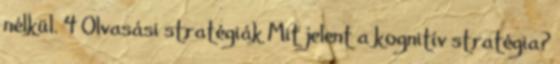
nélkül. 4 Olvasási stratégiák Mit jelent a kognitív stratégia?